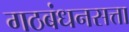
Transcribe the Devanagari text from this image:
गठबंधनसत्ता